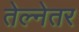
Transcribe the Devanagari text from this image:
तेल्नेतर